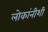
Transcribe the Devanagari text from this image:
लोकांनीशी